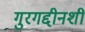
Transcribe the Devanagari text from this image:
गुरगद्दीनशीं